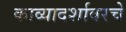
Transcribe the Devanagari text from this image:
काव्यादर्शावरचे